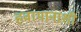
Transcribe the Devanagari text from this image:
हवामानाशी